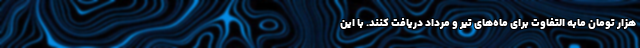
هزار تومان مابه التفاوت برای ماه‌های تیر و مرداد دریافت کنند. با این